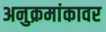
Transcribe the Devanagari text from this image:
अनुक्रमांकावर